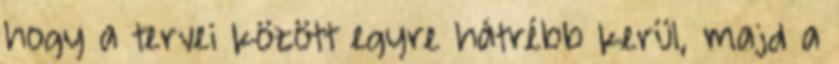
hogy a tervei között egyre hátrébb kerül, majd a